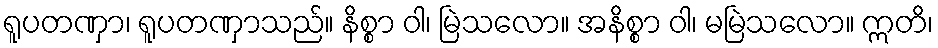
ရူပတဏှာ၊ ရူပတဏှာသည်။ နိစ္စာ ဝါ၊ မြဲသလော။ အနိစ္စာ ဝါ၊ မမြဲသလော။ ဣတိ၊